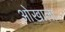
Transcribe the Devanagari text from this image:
ओखाला